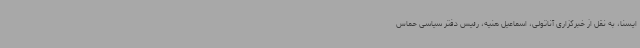
ایسنا، به نقل از خبرگزاری آناتولی، اسماعیل هنیه، رئیس دفتر سیاسی حماس